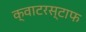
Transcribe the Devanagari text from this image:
क्वाटरस्टाफ